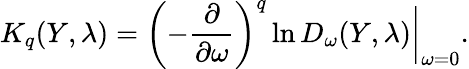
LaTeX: K_{q}(Y,\lambda)=\left(-\frac{\partial}{\partial\omega}\right)^{q}\ln D_{\omega}(Y,\lambda)\biggl|_{\omega=0}.